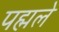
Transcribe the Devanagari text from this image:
पह्मले